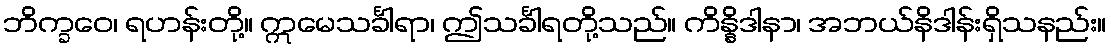
ဘိက္ခဝေ၊ ရဟန်းတို့။ ဣမေသင်္ခါရာ၊ ဤသင်္ခါရတို့သည်။ ကိန္နိဒါနာ၊ အဘယ်နိဒါန်းရှိသနည်း။